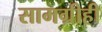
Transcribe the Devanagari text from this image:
सामग्रीही